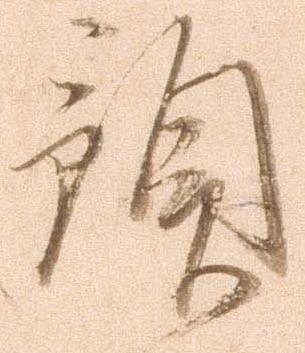
預